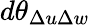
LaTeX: d\theta_{\Delta u\Delta w}